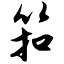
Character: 筘